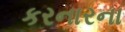
કરનારના